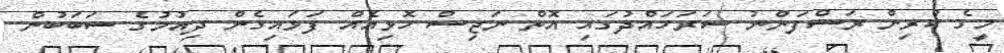
މީގެ ކުރިން ރަސްފަންނު ސަރަހައްދުގައި އޮތް ނަޖިސް ހޮޅިއެއް ފަޅައިގެން ދިއުމުގެ ސަބަބުން